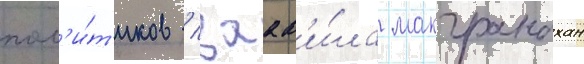
пол'и́т'иков / заав'и́ла макгранахан